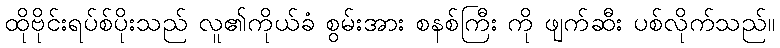
ထိုဗိုင်းရပ်စ်ပိုးသည် လူ၏ကိုယ်ခံ စွမ်းအား စနစ်ကြီး ကို ဖျက်ဆီး ပစ်လိုက်သည်။